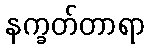
နက္ခတ်တာရာ